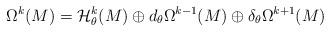
LaTeX: \begin{align*}\Omega^{k}(M)=\mathcal{H}^k_\theta(M) \oplus d_\theta \Omega^{k-1}(M) \oplus \delta_\theta\Omega^{k+1}(M)\end{align*}